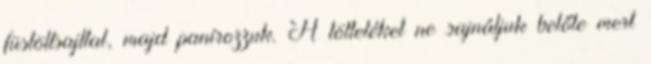
füstöltsajttal, majd panírozzuk. A tölteléket ne sajnáljuk belőle mert